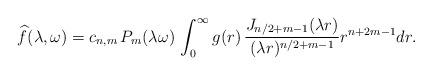
LaTeX: \begin{align*} \widehat{f}(\lambda,\omega) = c_{n,m} \, P_m(\lambda \omega) \, \int_0^\infty g(r) \, \frac{J_{n/2+m-1}(\lambda r)}{(\lambda r)^{n/2+m-1}} r^{n+2m-1} dr .\end{align*}